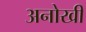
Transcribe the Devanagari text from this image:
अनोखीं